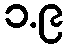
၁.၉